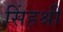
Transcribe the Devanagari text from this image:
सिंहश्री